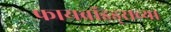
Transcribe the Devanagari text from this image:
फायब्रॉइड्सच्या